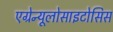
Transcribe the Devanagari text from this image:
एग्रेन्यूलोसाइटोसिस